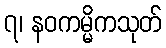
၇၊ နဝကမ္မိကသုတ်